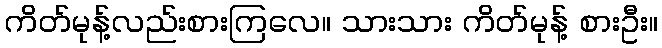
ကိတ်မုန့်လည်းစားကြလေ။ သားသား ကိတ်မုန့် စားဦး။